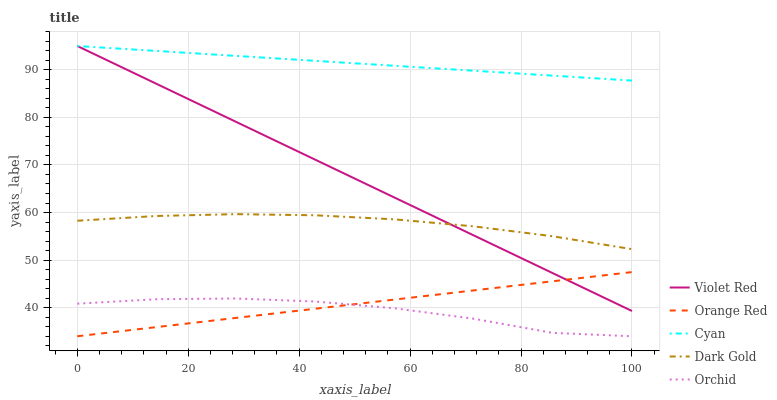
| xaxis_label | Violet Red | Orange Red | Cyan | Dark Gold | Orchid |
 | --- | --- | --- | --- | --- | --- |
 | 0 | 95 | 34 | 95 | 58.3 | 40.8 |
 | 14.3 | 87 | 35.9 | 94 | 59.3 | 41.8 |
 | 28.6 | 79.1 | 37.9 | 92.9 | 59.7 | 41.9 |
 | 42.9 | 71.1 | 39.8 | 91.9 | 59.4 | 41.3 |
 | 57.1 | 63.2 | 41.7 | 90.8 | 58.6 | 39.9 |
 | 71.4 | 55.2 | 43.6 | 89.8 | 57.1 | 37.7 |
 | 85.7 | 47.3 | 45.6 | 88.8 | 55 | 34.7 |
 | 100 | 39.3 | 47.5 | 87.7 | 52.3 | 34 |